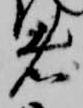
者